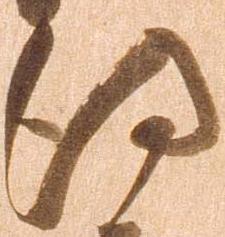
得